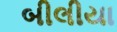
બીલીયા